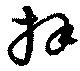
拜